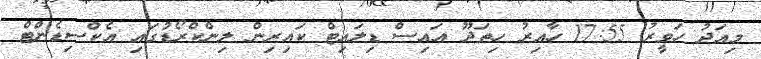
މިއަދު ހަވީރު 17:55 ހާއިރު ހިތަދޫ އައިސް ޑިލައިޓް ކައިރިން ލިންކްރޯޑުގައި އެކްސިޑެންޓް